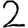
Digit: 2